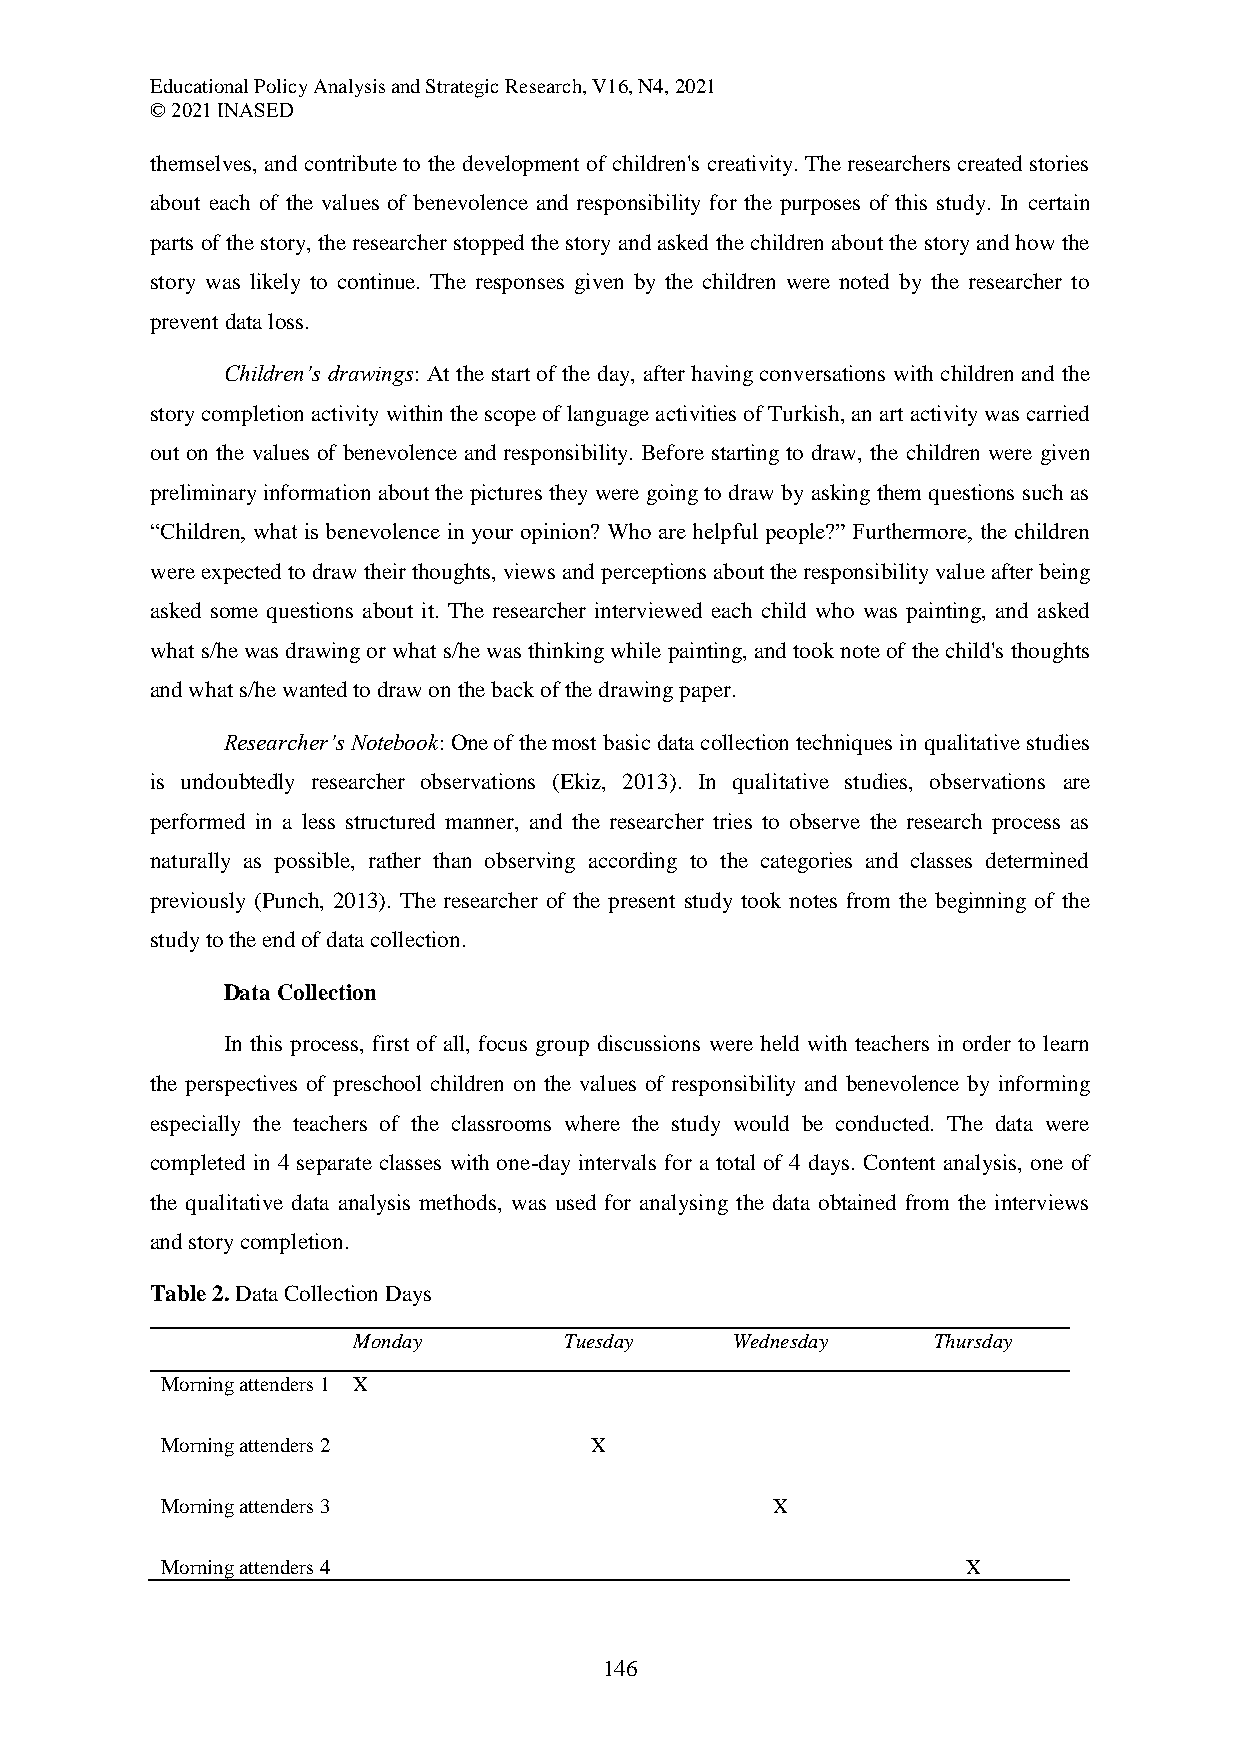
Educational Policy Analysis and Strategic Research, V16, N4, 2021
 © 2021 INASED
 themselves, and contribute to the development of children's creativity. The researchers created stories
 about each of the values of benevolence and responsibility for the purposes of this study. In certain
 parts of the story, the researcher stopped the story and asked the children about the story and how the
 story was likely to continue. The responses given by the children were noted by the researcher to
 prevent data loss.
 Children’s drawings: At the start of the day, after having conversations with children and the
 story completion activity within the scope of language activities of Turkish, an art activity was carried
 out on the values of benevolence and responsibility. Before starting to draw, the children were given
 preliminary information about the pictures they were going to draw by asking them questions such as
 “Children, what is benevolence in your opinion? Who are helpful people?” Furthermore, the children
 were expected to draw their thoughts, views and perceptions about the responsibility value after being
 asked some questions about it. The researcher interviewed each child who was painting, and asked
 what s/he was drawing or what s/he was thinking while painting, and took note of the child's thoughts
 and what s/he wanted to draw on the back of the drawing paper.
 Researcher’s Notebook: One of the most basic data collection techniques in qualitative studies
 is undoubtedly researcher observations (Ekiz, 2013). In qualitative studies, observations are
 performed in a less structured manner, and the researcher tries to observe the research process as
 naturally as possible, rather than observing according to the categories and classes determined
 previously (Punch, 2013). The researcher of the present study took notes from the beginning of the
 study to the end of data collection.
 Data Collection
 In this process, first of all, focus group discussions were held with teachers in order to learn
 the perspectives of preschool children on the values of responsibility and benevolence by informing
 especially the teachers of the classrooms where the study would be conducted. The data were
 completed in 4 separate classes with one-day intervals for a total of 4 days. Content analysis, one of
 the qualitative data analysis methods, was used for analysing the data obtained from the interviews
 and story completion.
 Table 2. Data Collection Days
 Monday        Tuesday     Wednesday    Thursday
 Morning attenders 1 X
 Morning attenders 2         X
 Morning attenders 3                     X
 Morning attenders 4                                  X
 146